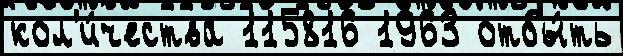
кол'и́чества 115816 1963 отбы́ть